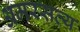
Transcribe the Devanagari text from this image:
अमरसत्य